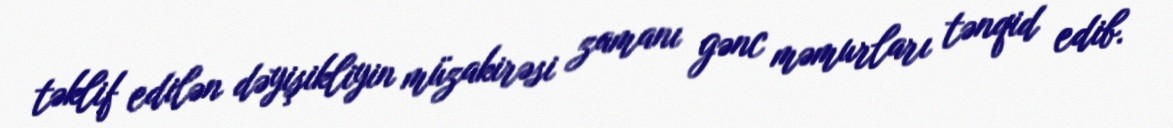
təklif edilən dəyişikliyin müzakirəsi zamanı gənc məmurları tənqid edib.